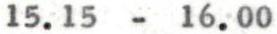
15.15 - 16.00